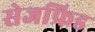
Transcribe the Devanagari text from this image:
सेजफ्रिड